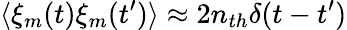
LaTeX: \langle\xi_{m}(t)\xi_{m}(t^{\prime})\rangle\approx 2n_{th}\delta(t-t^{\prime})